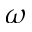
\omega